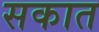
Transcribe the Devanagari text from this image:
सकात